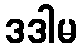
ဒဒါမ